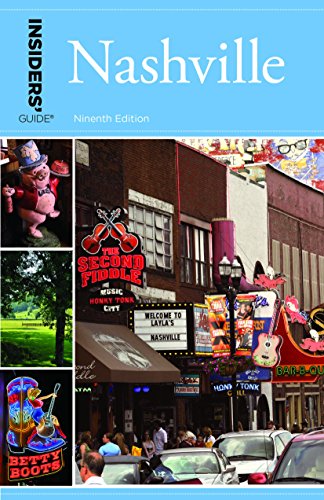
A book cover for Insiders' GuideÂ® to Nashville (Insiders' Guide Series); Jackie Sheckler Finch; Travel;